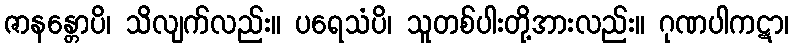
ဇာနန္တောပိ၊ သိလျက်လည်း။ ပရေသံပိ၊ သူတစ်ပါးတို့အားလည်း။ ဂုဏပါကဋာ၊